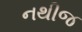
નથીજ